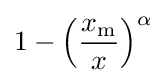
1-\left({\frac {x_{\mathrm {m} }}{x}}\right)^{\alpha }